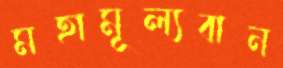
মহামূল্যবান